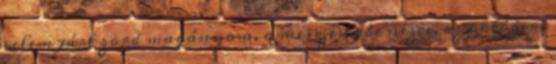
velem járt zord magányom. a messzeségbe nézve, az októberi